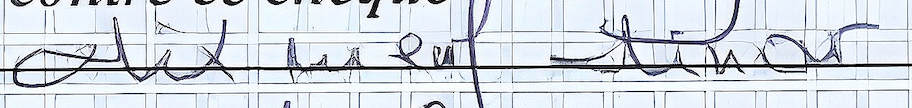
dix neuf dinar